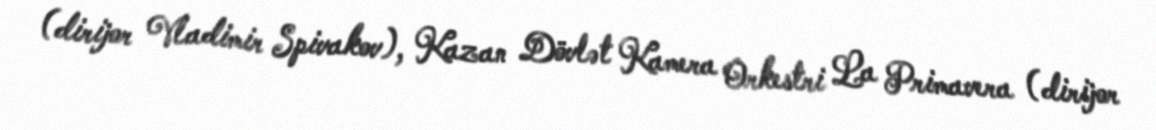
(dirijor Vladimir Spivakov), Kazan Dövlət Kamera Orkestri La Primavera (dirijor